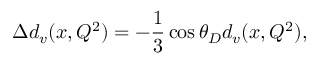
\Delta d _ { v } ( x , Q ^ { 2 } ) = - { \frac { 1 } { 3 } } \cos \theta _ { D } d _ { v } ( x , Q ^ { 2 } ) ,